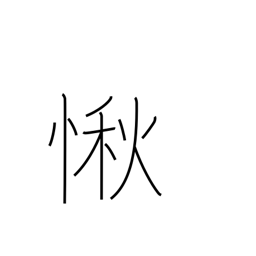
Meaning: respect